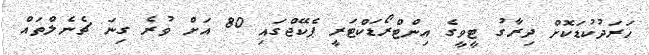
ހަރަދުކުޑަކޮށް ދިރާގު ޓީވީގެ އިންޓްރޯޑަކްޓަރީ ޕެކޭޖްގައި 80 އަށް ވުރެ ގިނަ ޗެނެލްތައް